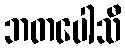
ဘတပေါသီ